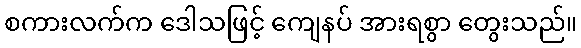
စကားလက်က ဒေါသဖြင့် ကျေနပ် အားရစွာ တွေးသည်။